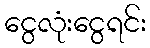
ငွေလုံးငွေရင်း